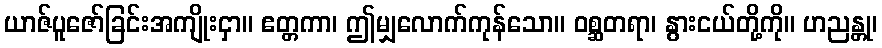
ယာဇ်ပူဇော်ခြင်းအကျိုးငှာ။ ဧတ္တကာ၊ ဤမျှလောက်ကုန်သော။ ဝစ္ဆတရာ၊ နွားငယ်တို့ကို။ ဟညန္တု၊